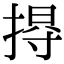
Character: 𢰐